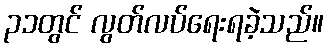
၃၁တွင် လွတ်လပ်ရေးရခဲ့သည်။